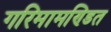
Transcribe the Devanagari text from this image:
गरिमामण्डित